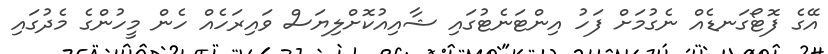
އޭގެ ފޮޓޯގަނޑެއް ނެގުމަށް ފަހު އިންޓަނެޓުގައި ޝާއިއުކޮށްލިޔަސް ވައިރަހެއް ހެން މީހުންގެ މެދުގައި